Vital statistics of India. Vol. V, Reports of 1876 on armies & jails and on epidemic cholera
Year: 1876
Disease focus: Cholera
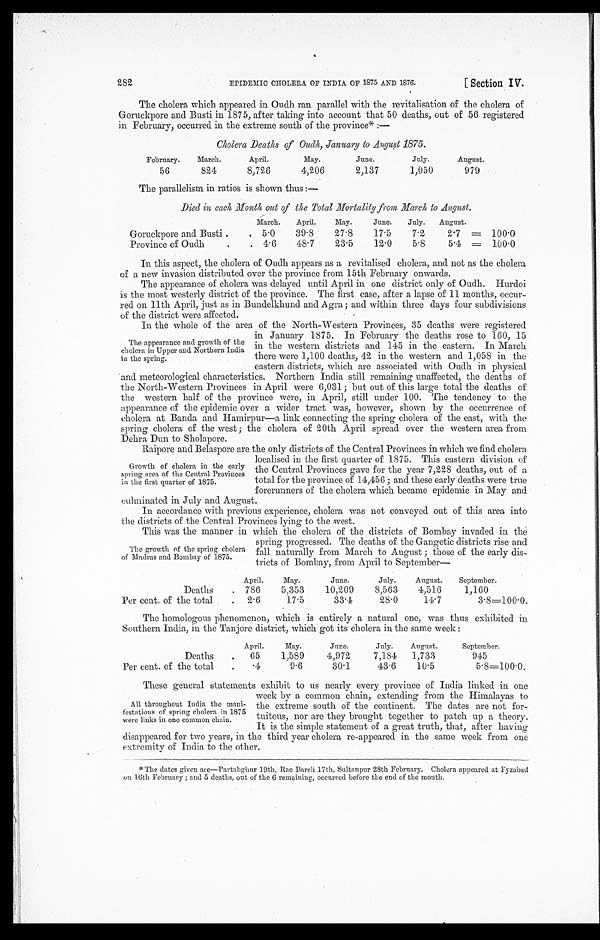
282
EPIDEMIC CHOLERA. OF INDIA OF 1875 AND 1876.
[ Section IV.
The cholera which appeared in Oudh ran parallel with the revitalisation of the cholera of
Goruckpore and Busti in 1875, after taking into account that 50 deaths, out of 56 registered
in February, occurred in the extreme south of the province* :—
Cholera Deaths of Oudh, January to August 1875.
February.
March.
April.
May.
June.
July.
August.
56
824
8,726
4,206
2,137
1,050
979
The parallelism in ratios is shown thus :-
Died in each Month out of the Total Mortality from March to August.
March.
April.
May.
June.
July. August.
Goruckpore and Busti .
. 5 . 0
39.8
27 . 8
17.5
7.2
2.7 = 100.0
Province of Oudh
.
. 4 . 6
48 . 7
23.5
12.0
5.8
5.4 = 100.0
In this aspect, the cholera of Oudh appears as a revitalised cholera, and not as the cholera
of a new invasion distributed over the province from 15th February onwards.
The appearance of cholera was delayed until April in one district only of Oudh. Hurdoi
is the most westerly district of the province. The first case, after a lapse of 11 months, occur--
red on 11th April, just as in Bundelkhund and Agra; and within three days four subdivisions
of the district were affected.
In the whole of the area of the North-Western Provinces, 35 deaths were registered
in January 1875. In February the deaths rose to 160, 15
The appearance and growth of the inthe western districts and 145 in the eastern. In March
cholera in Upper and Northern India
in the spring.
there were 1,100 deaths, 42 in the western and 1,058 in the
eastern districts, which are associated with Oudh in physical
and meteorological characteristics. Northern India still remaining unaffected, the deaths of
the North-Western Provinces in April were 6,031; but out of this large total the deaths of
the western half of the province were, in April, still under 100. The tendency to the
appearance of the epidemic over a wider tract was, however, shown by the occurrence of
cholera at Banda and Hamirpur—a link connecting the spring cholera of the east, with the
spring cholera of the west ; the cholera of 20th April spread over the western area from
Dehra Dun to Sholapore.
Raipore and Belaspore are the only districts of the Central Provinces in which we find cholera.
localised in the first quarter of 1875. This eastern division of
Growth of cholera in the early the Central Provinces gave for the year 7,228 deaths¸ out of a
:spring area of the Central Provinces
in the first quarter of 1875.
total for the province of 14,456 ; and these early deaths were true
forerunners of the cholera which became epidemic in May and
culminated in July and August.
In accordance with previous experience, cholera was not conveyed out of this area into
the districts of the Central Provinces lying to the west.
This was the manner in which the cholera of the districts of Bombay invaded in the
spring progressed. The deaths of the Gangetic districts rise and
The growth of the spring cholera fall naturally from March to August ; those of the early dis
of Madras and Bombay of 1875.
bids of Bombay, from April to September
April.
May.
June.
July.
August.
September.
Deaths
. 786
5,353
10,209
8,563
4,516
1,160
Per cent. of the total
. 2 . 6
17.5
33.4
28.0
14.7
3.8=100.0.
The homologous phenomenon, which is entirely a natural one, was thus exhibited in
Southern India, in the Tanjore district, which got its cholera in the same week :
April.
May.
June.
July.
August.
September.
Deaths
.
65
1,589
4,972
7,184
1,733
945
Per cent, of the total
.
.4
9.6
30.1
43.6
10.5
5.8=100.0.
These general statements exhibit to us nearly every province of India linked in one
week by a common chain, extending from the Himalayas to
All throughout India the mani- the extreme south of the continent. The dates are not for-
•festations of spring cholera in 1875 tmtous, nor are they brought together to patch. up a theory.
Is links in one common chain.
It is the simple statement of a great truth, that, after having.
disappeared for two years, in the third year cholera re-appeared in the same week from one
extremity of India to the other.
The dates given are—Partabghur 19th, Rae 13areli 17th, Sultanpur 28th February. Cholera appeared at Fyzabad
on 16th February ; and 5 deaths, out of the 6 remaining, occurred before the end of the month.